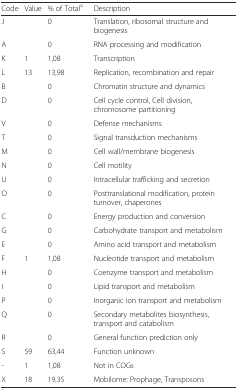
<table><thead><tr><td><b>Code</b></td><td><b>Value</b></td><td><b>% of Total<sup>a</sup></b></td><td><b>Description</b></td></tr></thead><tbody><tr><td>J</td><td></td><td>0</td><td>Translation, ribosomal structure and biogenesis</td></tr><tr><td>A</td><td></td><td>0</td><td>RNA processing and modification</td></tr><tr><td>K</td><td>1</td><td>1,08</td><td>Transcription</td></tr><tr><td>L</td><td>13</td><td>13,98</td><td>Replication, recombination and repair</td></tr><tr><td>B</td><td></td><td>0</td><td>Chromatin structure and dynamics</td></tr><tr><td>D</td><td></td><td>0</td><td>Cell cycle control, Cell division, chromosome partitioning</td></tr><tr><td>V</td><td></td><td>0</td><td>Defense mechanisms</td></tr><tr><td>T</td><td></td><td>0</td><td>Signal transduction mechanisms</td></tr><tr><td>M</td><td></td><td>0</td><td>Cell wall/membrane biogenesis</td></tr><tr><td>N</td><td></td><td>0</td><td>Cell motility</td></tr><tr><td>U</td><td></td><td>0</td><td>Intracellular trafficking and secretion</td></tr><tr><td>O</td><td></td><td>0</td><td>Posttranslational modification, protein turnover, chaperones</td></tr><tr><td>C</td><td></td><td>0</td><td>Energy production and conversion</td></tr><tr><td>G</td><td></td><td>0</td><td>Carbohydrate transport and metabolism</td></tr><tr><td>E</td><td></td><td>0</td><td>Amino acid transport and metabolism</td></tr><tr><td>F</td><td>1</td><td>1,08</td><td>Nucleotide transport and metabolism</td></tr><tr><td>H</td><td></td><td>0</td><td>Coenzyme transport and metabolism</td></tr><tr><td>I</td><td></td><td>0</td><td>Lipid transport and metabolism</td></tr><tr><td>P</td><td></td><td>0</td><td>Inorganic ion transport and metabolism</td></tr><tr><td>Q</td><td></td><td>0</td><td>Secondary metabolites biosynthesis, transport and catabolism</td></tr><tr><td>R</td><td></td><td>0</td><td>General function prediction only</td></tr><tr><td>S</td><td>59</td><td>63,44</td><td>Function unknown</td></tr><tr><td>-</td><td>1</td><td>1,08</td><td>Not in COGs</td></tr><tr><td>X</td><td>18</td><td>19,35</td><td>Mobilome: Prophage, Transposons</td></tr></tbody></table>